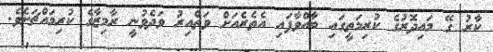
ކާރު ގޭ މައިދޮރުގެ ކުރިމަތީގައި ބާއްވާފައި އެތެރެއަށް ވަތްއިރު ވަދެވުނީ ރާމިޒާގެ ކުރިމައްޗަށެވެ.